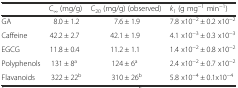
<table><thead><tr><td></td><td><b>C<sub>∞</sub> (mg/g)</b></td><td><b>C<sub>20</sub> (mg/g) (observed)</b></td><td><b><i>k</i><sub><i>1</i></sub> (g mg<sup>−1</sup> min<sup>−1</sup>)</b></td></tr></thead><tbody><tr><td>GA</td><td>8.0 ± 1.2</td><td>7.6 ± 1.9</td><td>7.8 x10<sup>−2</sup> ± 0.2 x10<sup>−2</sup></td></tr><tr><td>Caffeine</td><td>42.2 ± 2.7</td><td>42.1 ± 1.9</td><td>4.1 x10<sup>−3</sup> ± 0.3 x10<sup>−3</sup></td></tr><tr><td>EGCG</td><td>11.8 ± 0.4</td><td>11.2 ± 1.1</td><td>1.4 x10<sup>−2</sup> ± 0.8 x10<sup>−2</sup></td></tr><tr><td>Polyphenols</td><td>131 ± 8<sup>a</sup></td><td>124 ± 6<sup>a</sup></td><td>2.4 x10<sup>−2</sup> ± 0.7 x10<sup>−2</sup></td></tr><tr><td>Flavanoids</td><td>322 ± 22<sup>b</sup></td><td>310 ± 26<sup>b</sup></td><td>5.8 x10<sup>−4</sup> ± 0.1x10<sup>−4</sup></td></tr></tbody></table>